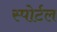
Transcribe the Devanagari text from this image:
स्पोर्टल